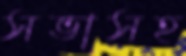
সভাসহ